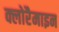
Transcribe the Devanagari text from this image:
क्लोरैमाइन